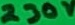
Text: 230V